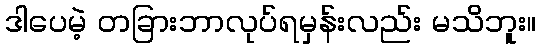
ဒါပေမဲ့ တခြားဘာလုပ်ရမှန်းလည်း မသိဘူး။